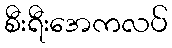
စီးရီးအေကလပ်